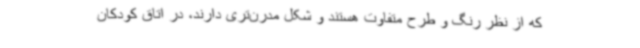
که از نظر رنگ و طرح متفاوت هستند و شکل مدرن‌تری دارند، در اتاق کودکان